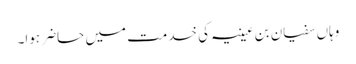
وہاں سفیان بن عیینہ کی خدمت میں حاضر ہوا۔